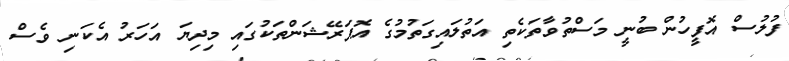
ފުލުސް އޮފީހުން ބުނީ މަސްތުވާތަކެތި އަތުލައިގަތުމުގެ އޮޕަރޭޝަންތަކުގައި މިދިޔަ އަހަރު އެކަނި ވެސް